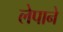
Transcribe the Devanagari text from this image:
लेपाने